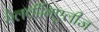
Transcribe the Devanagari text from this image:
सैलवीनिएलीज